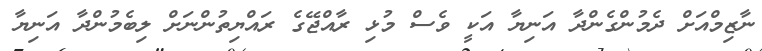
ނާޒިމްއަށް ދެމުންގެންދާ އަނިޔާ އަކީ ވެސް މުޅި ރާއްޖޭގެ ރައްޔިތުންނަށް ލިބެމުންދާ އަނިޔާ